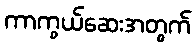
ကာကွယ်ဆေးအတွက်